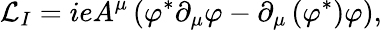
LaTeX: {\cal L}_{I}=ieA^{\mu}\left(\varphi^{\ast}\partial_{\mu}\varphi-\partial_{\mu}\left(\varphi^{\ast}\right)\varphi\right),